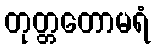
တုတ္တတောမရံ